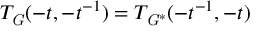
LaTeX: T _ { \mathit { G } } ( - t , - t ^ { - 1 } ) = T _ { \mathit { G } ^ { \ast } } ( - t ^ { - 1 } , - t )